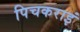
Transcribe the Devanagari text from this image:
पिचकराइं